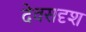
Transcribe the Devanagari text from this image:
देवसदृश